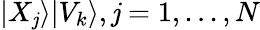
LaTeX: |X_{\mathit{j}}\rangle|V_{k}\rangle,\mathit{j}=1,...,N